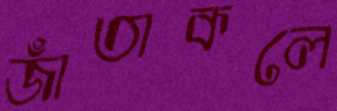
জাঁতাকলে